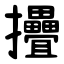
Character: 㩹